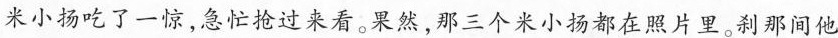
.米小扬吃了一惊，急忙抢过来看。果然，那三个米小扬都在照片里。刹那间他